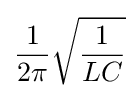
{\frac {1}{2\pi }}{\sqrt {\frac {1}{LC}}}